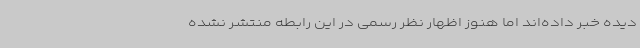
دیده خبر داده‌اند اما هنوز اظهار نظر رسمی در این رابطه منتشر نشده